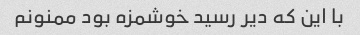
با این که دیر رسید خوشمزه بود ممنونم